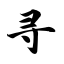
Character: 寻